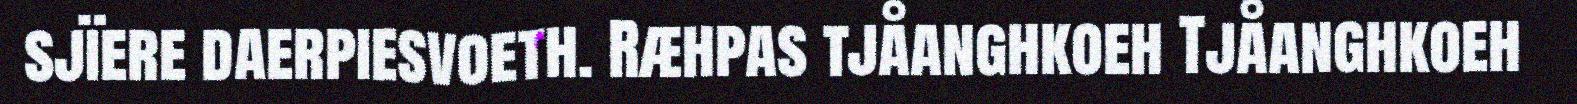
sjïere daerpiesvoeth. Ræhpas tjåanghkoeh Tjåanghkoeh